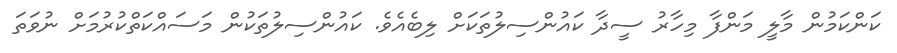
ކަންކަމުން މާލީ މަންފާ މިހާރު ސީދާ ކައުންސިލުތަކަށް ލިބެއެވެ. ކައުންސިލުތަކުން މަސައްކަތްކުރުމަށް ނުވަތަ